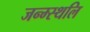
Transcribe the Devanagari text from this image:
जन्म्स्थलि